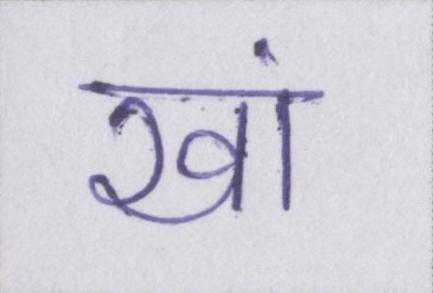
खां